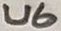
Text: U6